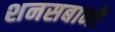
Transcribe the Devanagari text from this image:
शनसबानी